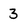
Character: 3